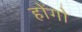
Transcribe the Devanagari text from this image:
होंगो